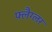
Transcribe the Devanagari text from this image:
फ्लैग्लर